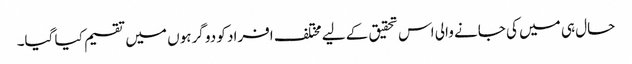
حال ہی میں کی جانے والی اس تحقیق کے لیے مختلف افراد کو دو گرہوں میں تقسیم کیا گیا۔